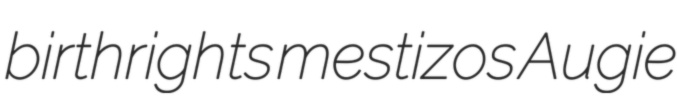
birthrights mestizos Augie